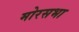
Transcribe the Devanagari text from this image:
मोरसभा